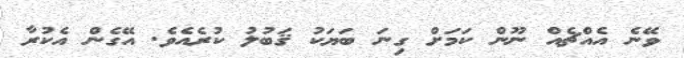
ވޭނެ އެއްޗެއް ނޫން ކަމަަށް ގިނަ ބަޔަކު ޤަބުލު ކުރެއެވެ. އޭގެން އެކުރާ